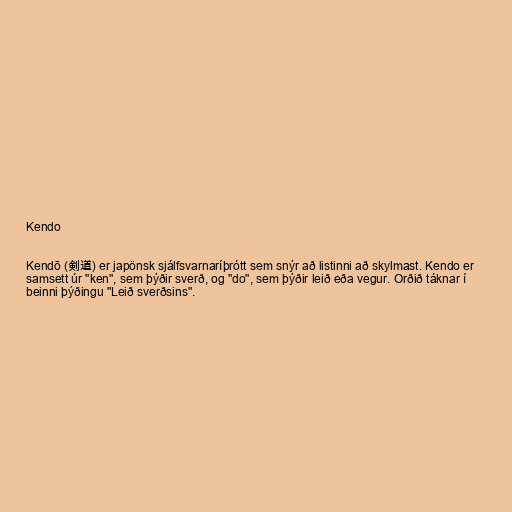
Kendo

Kendō (剣道) er japönsk sjálfsvarnaríþrótt sem snýr að listinni að skylmast. Kendo er
samsett úr "ken", sem þýðir sverð, og "do", sem þýðir leið eða vegur. Orðið táknar í
beinni þýðingu "Leið sverðsins".